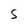
Character: S